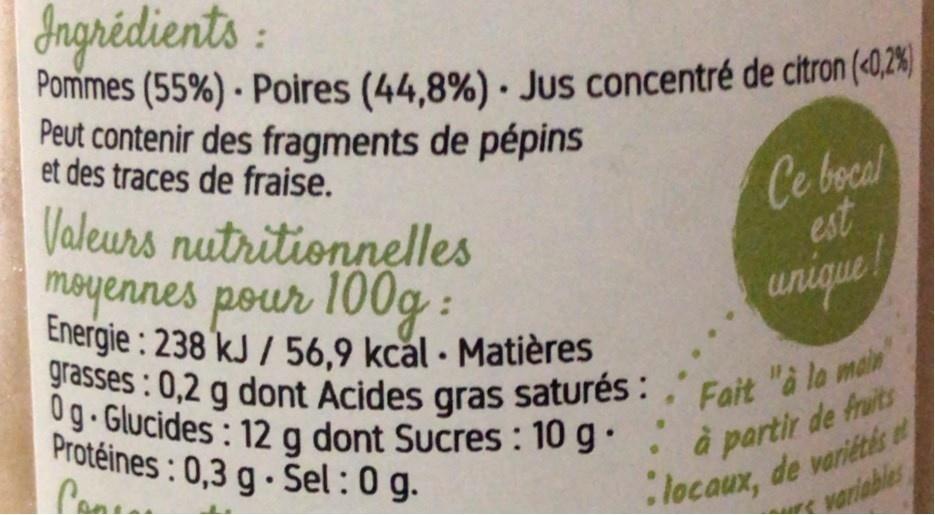
dngrédients:
Pommes (55%) - Poires (44.8%) · Jus concentré de citron («0,2%)| Peut contenir des fragments de pépins et des traces de fraise.
Ce bocal est
Valeurs nutritionnelles moyennes pour 100g: Energie: 238 kJ / 56,9 kcăl · Matières grasses: 0,2 g dont Acides gras saturés :
unique
0g Glucides: 12 g dont Sucres : 10 g · : à partir de fruits Protéines: 0,3 g- Sel :0 g.
Fait "à la main
locaux, de variétés variables